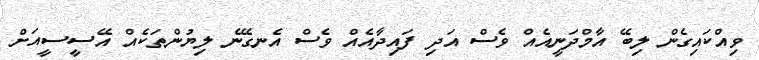
ވިއްކައިގެން ލިބޭ އާމްދަނީއެއް ވެސް އަދި ފައިދާއެއް ވެސް އެނގޭނެ ލިޔުންތަކެއް އޭސީސީއަށް